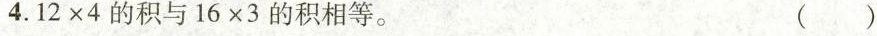
4.$$1 2 \times 4$$的积与$$1 6 \times 3$$的积相等。 ( )